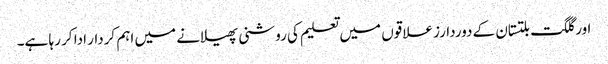
اور گلگت بلتستان کے دوردارز علاقوں میں تعلیم کی روشنی پھیلانے میں اہم کردار ادا کر رہا ہے۔